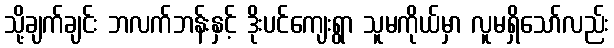
သို့ချက်ချင်း ဘလက်ဘန်းနှင့် ဒိုးပင်ကျေးရွာ သူမကိုယ်မှာ လူမရှိသော်လည်း